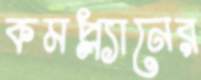
কমপ্ল্যানের